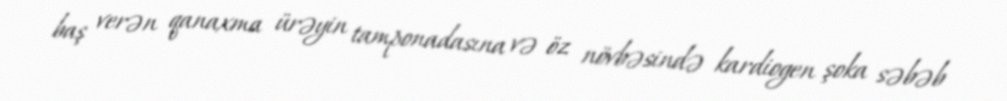
baş verən qanaxma ürəyin tamponadasına və öz növbəsində kardiogen şoka səbəb